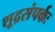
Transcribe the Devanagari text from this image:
शूद्रसंपर्कः